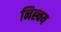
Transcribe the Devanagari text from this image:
निह्चय